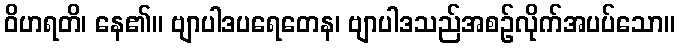
ဝိဟရတိ၊ နေ၏။ ဗျာပါဒပရေတေန၊ ဗျာပါဒသည်အစဉ်လိုက်အပပ်သော။